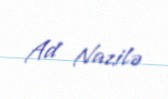
Ad Nazilə